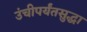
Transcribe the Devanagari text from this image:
उंचीपर्यंतसुद्धा